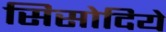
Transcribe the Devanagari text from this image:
सिसोदिये